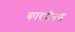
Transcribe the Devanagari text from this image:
कारपीनस